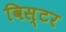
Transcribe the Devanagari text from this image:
विस्टर